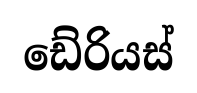
ඩේරියස්